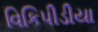
વિકિપીડીયા